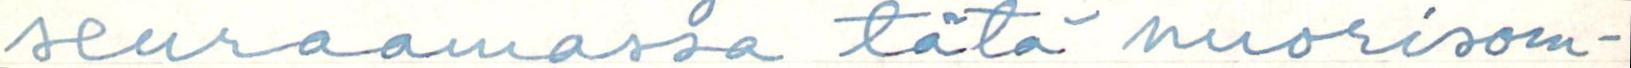
seuraamassa tätä nuorisom-